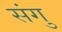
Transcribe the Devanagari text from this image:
संगु